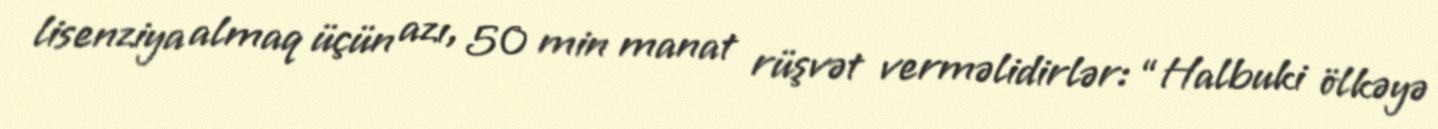
lisenziya almaq üçün azı, 50 min manat rüşvət verməlidirlər: “Halbuki ölkəyə